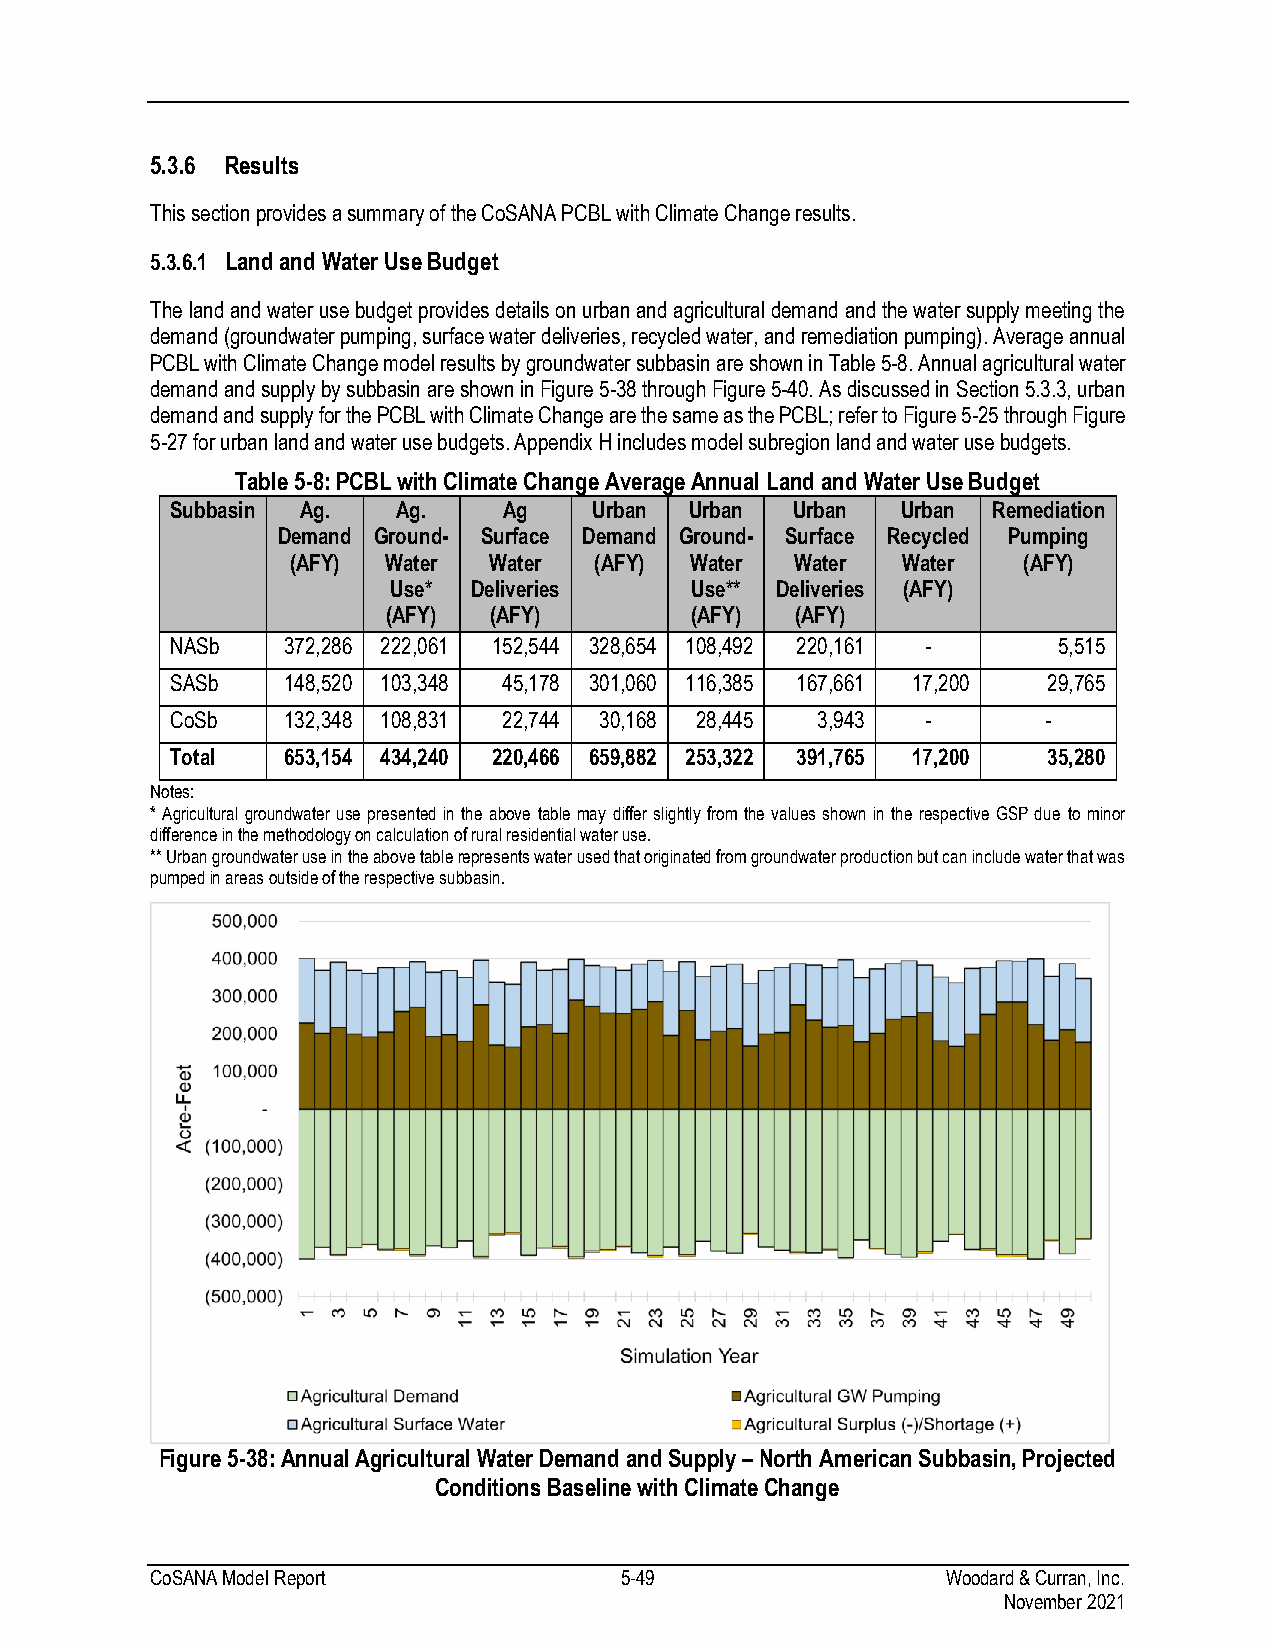
5.3.6 Results
 This section provides a summary of the CoSANA PCBL with Climate Change results.
 5.3.6.1 Land and Water Use Budget
 The land and water use budget provides details on urban and agricultural demand and the water supply meeting the
 demand (groundwater pumping, surface water deliveries, recycled water, and remediation pumping). Average annual
 PCBL with Climate Change model results by groundwater subbasin are shown in Table 5-8. Annual agricultural water
 demand and supply by subbasin are shown in Figure 5-38 through Figure 5-40. As discussed in Section 5.3.3, urban
 demand and supply for the PCBL with Climate Change are the same as the PCBL; refer to Figure 5-25 through Figure
 5-27 for urban land and water use budgets. Appendix H includes model subregion land and water use budgets.
 Table 5-8: PCBL with Climate Change Average Annual Land and Water Use Budget
 Subbasin Ag.   Ag.    Ag    Urban  Urban Urban   Urban Remediation
 Demand Ground- Surface Demand Ground- Surface Recycled Pumping
 (AFY) Water  Water  (AFY)  Water  Water  Water   (AFY)
 Use* Deliveries     Use** Deliveries (AFY)
 (AFY) (AFY)         (AFY)  (AFY)
 NASb    372,286 222,061 152,544 328,654 108,492 220,161 -  5,515
 SASb    148,520 103,348 45,178 301,060 116,385 167,661 17,200 29,765
 CoSb    132,348 108,831 22,744 30,168 28,445 3,943 -      -
 Total   653,154 434,240 220,466 659,882 253,322 391,765 17,200 35,280
 Notes:
 * Agricultural groundwater use presented in the above table may differ slightly from the values shown in the respective GSP due to minor
 difference in the methodology on calculation of rural residential water use.
 ** Urban groundwater use in the above table represents water used that originated from groundwater production but can include water that was
 pumped in areas outside of the respective subbasin.
 Figure 5-38: Annual Agricultural Water Demand and Supply – North American Subbasin, Projected
 Conditions Baseline with Climate Change
 CoSANA Model Report            5-49                  Woodard & Curran, Inc.
 November 2021